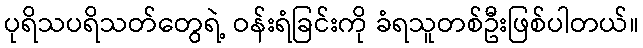
ပုရိသပရိသတ်တွေရဲ့ ဝန်းရံခြင်းကို ခံရသူတစ်ဦးဖြစ်ပါတယ်။